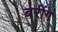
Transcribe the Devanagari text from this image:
बरींग